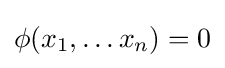
\phi (x_{1},\ldots x_{n})=0